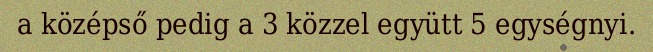
a középső pedig a 3 közzel együtt 5 egységnyi.